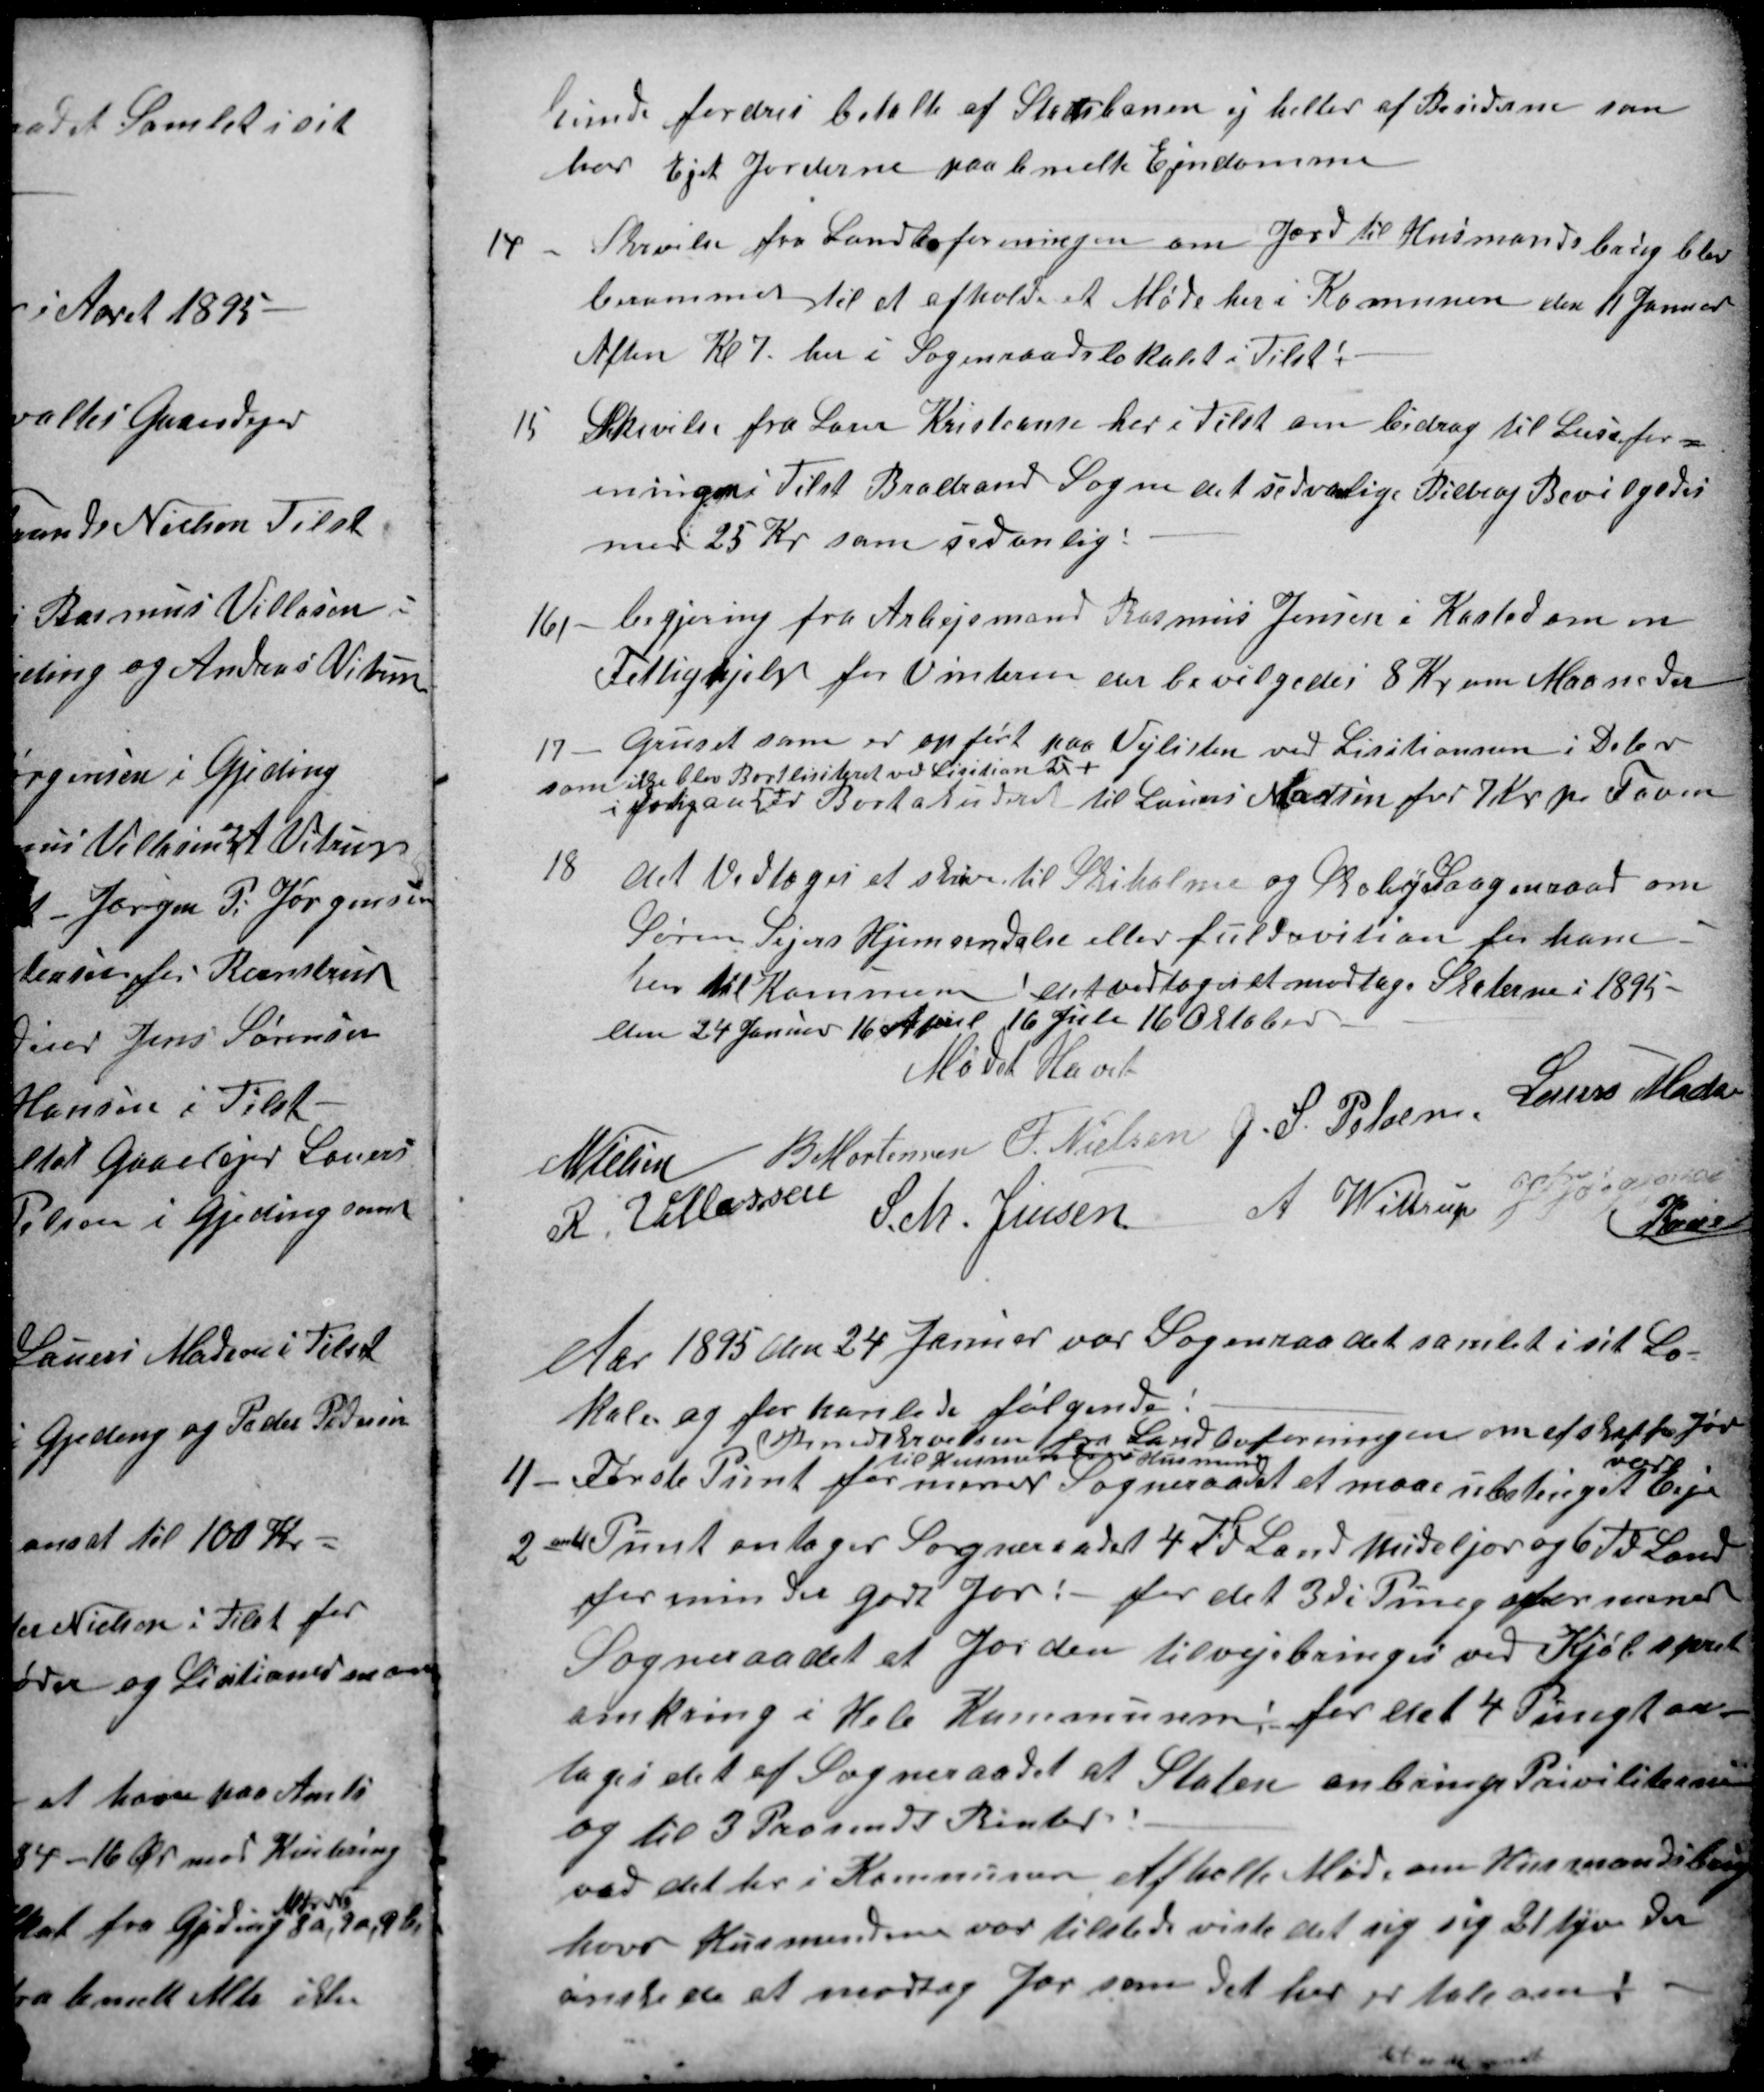
Transskription:
kunde fordres betalt af Statsbanen ej heller af Bosiderne som
har Ejet Jorderne paa bemelte Ejendomme
14 
Skrivelse fra Landboforeningen om Jord til Husmandsbrug blev
berammet til at afholde et Møde her i Komunen den 11 Januar
Aften Kl 7. her i Sogneraadslokalet i Tilst:
15
Skrivelse fra Lærer Kristiansen her i Tilst om bidrag til Læsefor
eningen Tilst Braebrand Sogne det sedvanlige Bidrag Bevilgedes
med 25 Kr som sedanlig:
16)
begjering fra Arbejsmand Rasmus Jensen i Kasted om en
Fattighjelp for Vinteren der bevilgedes 8 Kr om Maaneden
17
Gruset som er opført paa Vejlisten ved Lisition i Debr
som ikke blev Bortlisiteret ved Lisition D+
i fortigan {+ er Bortakuderet til Laurs Madsen for 7 Kr pr Favn
18
det Vedtoges et skrive til Skiholme og Skovby Sogneraad om
Søren Sejers Hjemsendelse eller fuld revition for ham
her til Kommunen, 
det vedtoges et modtage Skaterne i 1895-
den 24 Januar 16 April 16 Juli 16 Oktober
Mødet Hævet
N Nielsen
B Mortensen
F. Nielsen
J. S. Pelsen.
Laurs Madsen
R. Villassen
S. M. Jensen
A Wittrup
J P Jørgensen
Kaae
Aar 1895 den 24 Januar var Sogneraadet samlet i sit Lo-
kale og forhanlede følgende:
Knud Arvesen fra Landboforeningen om at skaffe Jor
til Kommunens Husmend
1)
Første Punt  formener Sogneraadet at maae ubetinget
være
Ejer
2
andet Punt antager Sogneraadet 4 Td Land Mideljor og 6 Td Land
for mindre godt Jor: - for det 3di Pung formener
Sogneraadet at Jorden tilvejebringes ved Kjøbspris
omkring i Hele Kommunen for det 4 Pungt an-
tages det af Sogneraadet at Staten anbringer Prioiteterne
og til 3 Procendt Renter:
ved det her i Kommunen Afholte Møde om Husmandsbrug
hvor Husmendene var tilstede viste det sig sig 21 hjem der
ønstede at modtag Jor som det her er tale om: